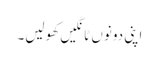
اپنی دونوں ٹانگیں کھولیں۔